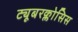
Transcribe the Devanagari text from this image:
ट्यूबरक्लोसिस